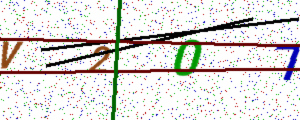
Text: V207